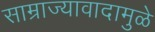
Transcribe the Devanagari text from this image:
साम्राज्यावादामुळे